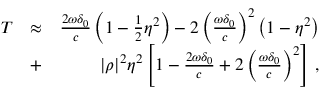
\begin{array} { r l r } { T } & { \approx } & { \frac { 2 \omega \delta _ { 0 } } { c } \left( 1 - \frac { 1 } { 2 } \eta ^ { 2 } \right) - 2 \left( \frac { \omega \delta _ { 0 } } { c } \right) ^ { 2 } \left( 1 - \eta ^ { 2 } \right) } \\ & { + } & { | \rho | ^ { 2 } \eta ^ { 2 } \left[ 1 - \frac { 2 \omega \delta _ { 0 } } { c } + 2 \left( \frac { \omega \delta _ { 0 } } { c } \right) ^ { 2 } \right] \, , } \end{array}